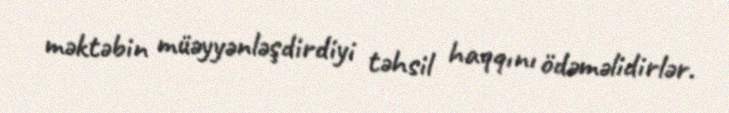
məktəbin müəyyənləşdirdiyi təhsil haqqını ödəməlidirlər.